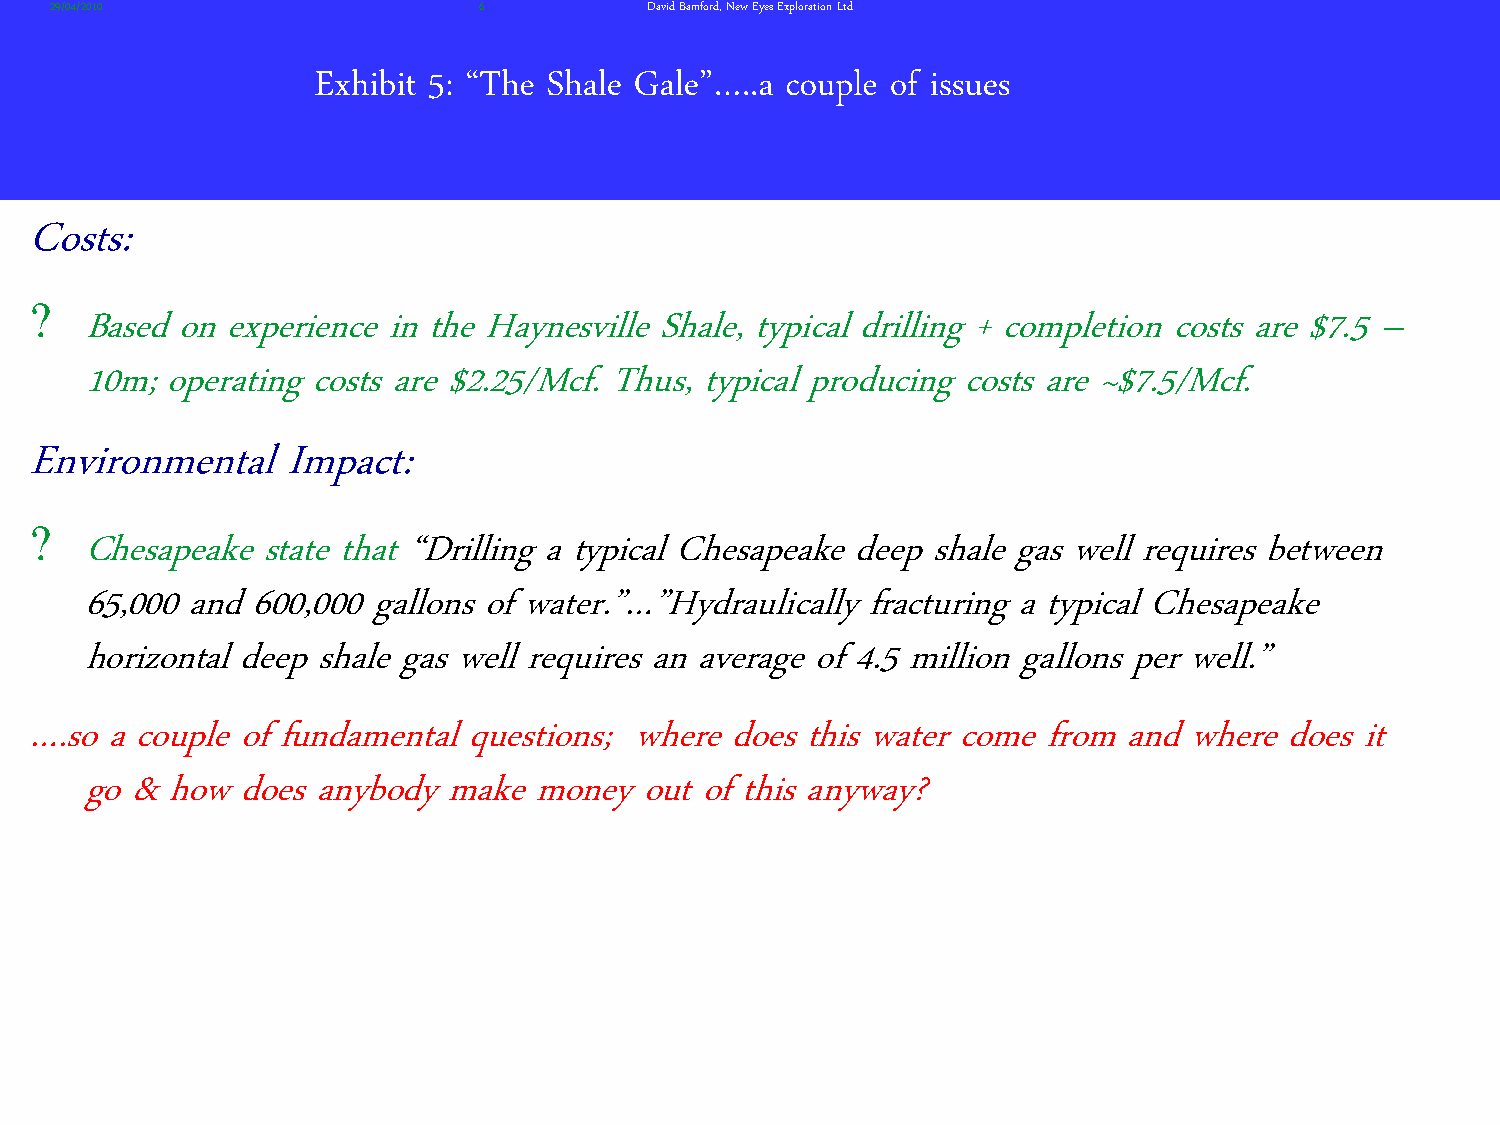
29/04/2010                   6          David Bamford, New Eyes Exploration Ltd
 Exhibit 5: ‚The Shale Gale‛…..a couple of issues
 Costs:
 ?
 Based on experience in the Haynesville Shale, typical drilling + completion costs are $7.5 –
 10m; operating costs are $2.25/Mcf. Thus, typical producing costs are ~$7.5/Mcf.
 Environmental    Impact:
 ?
 Chesapeake  state that ‚Drilling a typical Chesapeake deep shale gas well requires between
 65,000 and 600,000 gallons of water.‛…‛Hydraulically fracturing a typical Chesapeake
 horizontal deep shale gas well requires an average of 4.5 million gallons per well.‛
 ….so a couple of fundamental questions; where  does this water come from and where  does it
 go & how  does anybody  make  money  out of this anyway?